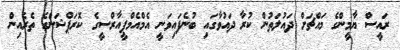
ރައީސް ޔާމީންގެ މައްޗަށް ދައުލަތުން ކުރާ ދައުވާގައި ބުނެފައިވަނީ އެމްއެމްޕީއާރްސީގެ ކޮރަޕްޝަންގެ ތެރެއިން